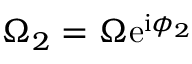
\Omega _ { 2 } = \Omega \mathrm { e } ^ { \mathrm { i } \phi _ { 2 } }